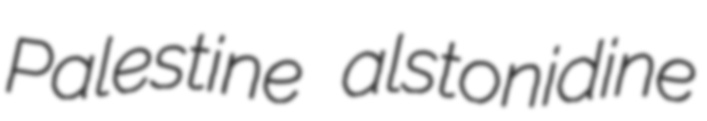
Palestine alstonidine